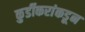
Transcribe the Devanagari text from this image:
कुर्डीकरांकडून